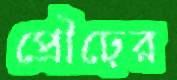
প্রৌঢ়ের